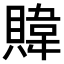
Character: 𫎞